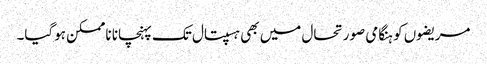
مریضوں کو ہنگامی صورتحال میں بھی ہسپتال تک پہنچانا ناممکن ہوگیا۔